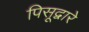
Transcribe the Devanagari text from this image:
पिसूद्वारे